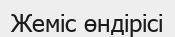
Жеміс өндірісі